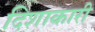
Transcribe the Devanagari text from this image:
दिशाकारी